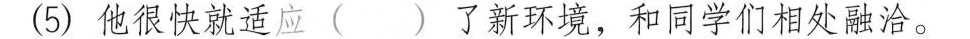
(5)他很快就适应( )了新环境，和同学们相处融洽。